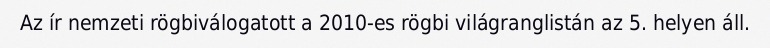
Az ír nemzeti rögbiválogatott a 2010-es rögbi világranglistán az 5. helyen áll.